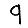
Digit: 9